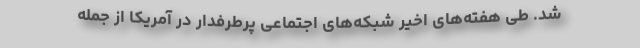
شد. طی هفته‌های اخیر شبکه‌های اجتماعی پرطرفدار در آمریکا از جمله